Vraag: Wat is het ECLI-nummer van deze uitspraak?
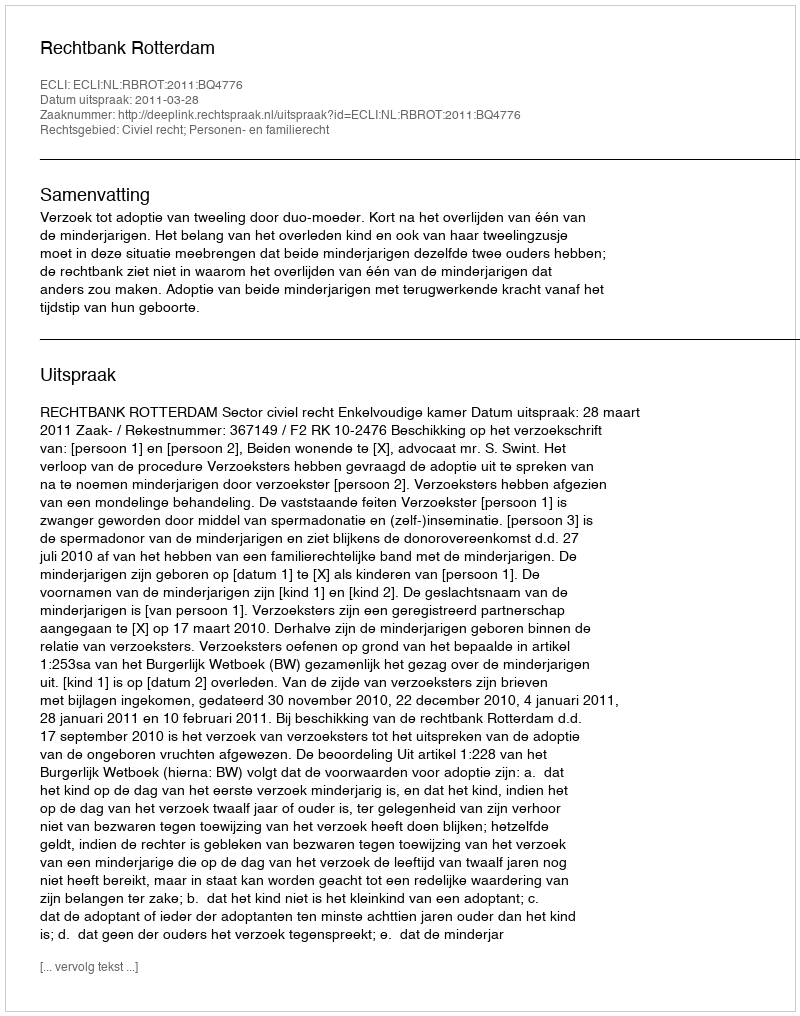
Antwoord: ECLI:NL:RBROT:2011:BQ4776